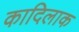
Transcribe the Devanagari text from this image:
कादिलाक